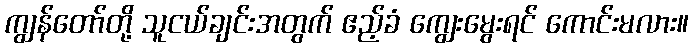
ကျွန်တော်တို့ သူငယ်ချင်းအတွက် ဧည့်ခံ ကျွေးမွေးရင် ကောင်းမလား။